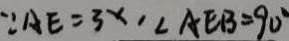
\because A E = 3 x , \angle A E B = 9 0 ^ { \circ }